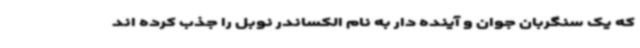
که یک سنگربان جوان و آینده دار به نام الکساندر نوبل را جذب کرده اند